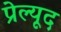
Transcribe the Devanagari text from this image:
प्रेल्यूद